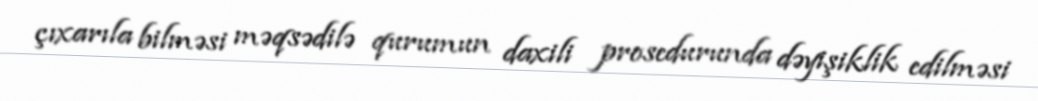
çıxarıla bilməsi məqsədilə qurumun daxili prosedurunda dəyişiklik edilməsi